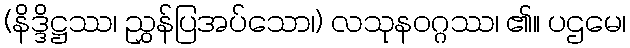
(နိဒ္ဒိဋ္ဌဿ၊ ညွှန်ပြအပ်သော၊) လသုနဝဂ္ဂဿ၊ ၏။ ပဌမေ၊